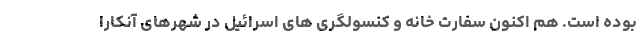
بوده است. هم اکنون سفارت خانه و کنسولگری های اسرائیل در شهرهای آنکارا